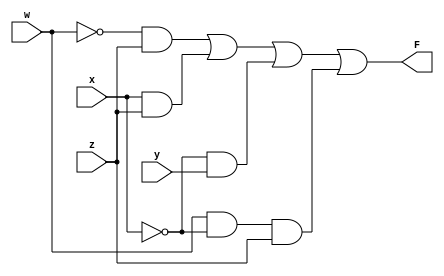
/* 
F(w, x, y, z) = w` z + x z + x' y +   w x'z
 
(a) Write a Verilog gate-level description of the circuit.
(b) Write a test bench and simulate the circuit to verify the answer in part (a) (be sure to test all
input combinations)

*/

`timescale 1 ns / 1 ps		  

module Quiz1_B (F, w, x, y, z);
	input w, x, y, z;
	output F;
	
	wire not_w, not_x, w1, w2, w3, w4;
	
	
	not (not_w, w);	
	not (not_x, x);
	and (w1, not_w, z);
	and (w2, x, z);
	and (w3, not_x, y);	
	and (w4, w, not_x, z);
	or (F, w1, w2, w3, w4);
	

endmodule